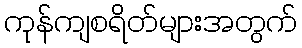
ကုန်ကျစရိတ်များအတွက်